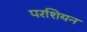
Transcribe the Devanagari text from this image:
परशियन